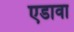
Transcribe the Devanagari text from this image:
एडावा